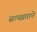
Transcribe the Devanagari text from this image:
सत्यव्रताने